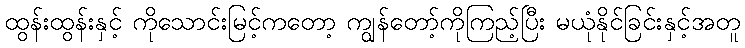
ထွန်းထွန်းနှင့် ကိုသောင်းမြင့်ကတော့ ကျွန်တော့်ကိုကြည့်ပြီး မယုံနိုင်ခြင်းနှင့်အတူ